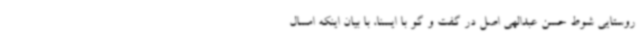
روستایی شوط حسن عبدالهی اصل در گفت و گو با ایسنا، با بیان اینکه امسال